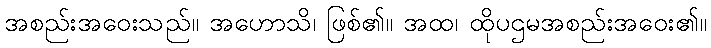
အစည်းအဝေးသည်။ အဟောသိ၊ ဖြစ်၏။ အထ၊ ထိုပဌမအစည်းအဝေး၏။